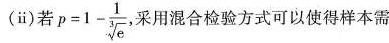
(ⅱ)若$$p=1- \frac{1}{ \sqrt [3]{e}}$$，采用混合检验方式可以使得样本需